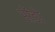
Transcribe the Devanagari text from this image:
सेंडो